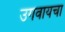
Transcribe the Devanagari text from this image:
उगवायचा